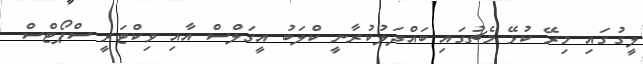
ލީގުގައި މިރޭ ކުޅޭ މެޗުގައި ބައްދަލުކުރާނީ ކްލަބު އީގަލްސް އާއި ވިކްޓަރީ ސްޕޯޓްސް